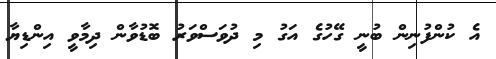
އެ ކުންފުނިން ބުނީ ގޭހުގެ އަގު މި ދުވަސްވަރު ބޮޑުވާން ދިމާވީ އިންޑިޔާ